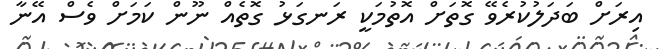
އިރަށް ބަދަލުކުރެވޭ ގޮތަށް އޮތުމަކީ ރަނގަޅު ގޮތެއް ނޫން ކަމަށް ވެސް އޭނާ